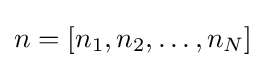
n=[n_{1},n_{2},\dots ,n_{N}]